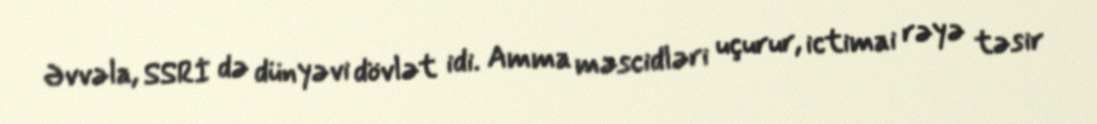
Əvvəla, SSRİ də dünyəvi dövlət idi. Amma məscidləri uçurur, ictimai rəyə təsir